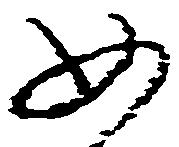
如